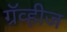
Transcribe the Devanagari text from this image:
ग्रॅव्हीज